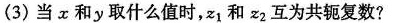
(3)当x和y取什么值时，z_{1}和z_{2}互为共轭复数?